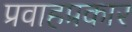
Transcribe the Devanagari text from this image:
प्रवाहप्रकार